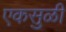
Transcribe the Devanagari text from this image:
एकसुळी